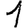
Digit: 1